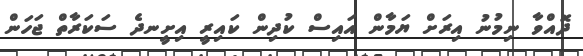
ދޮއްވާ ނިމުނު އިރަށް ޔަމާން އައިސް ކުދިން ކައިރީ އިށީނދެ ސަކަރާތް ޖަހަން